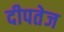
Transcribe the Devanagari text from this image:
दीपतेज